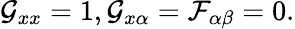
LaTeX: \mathcal{G}_{xx}=1,\mathcal{G}_{x\alpha}=\mathcal{F}_{\alpha\beta}=0.